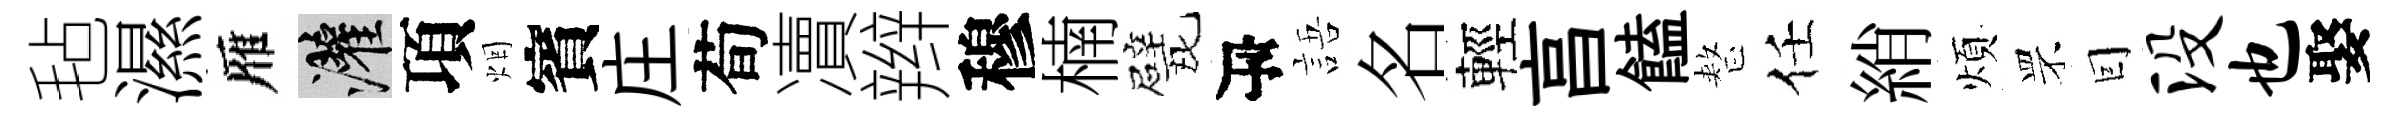
毡濕雁灌項烟賓庄荀凟辫穆楠戏瓴語名輕亯饁整任綃煩罘囙没也娶